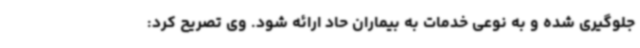
جلوگیری شده و به نوعی خدمات به بیماران حاد ارائه شود. وی تصریح کرد: